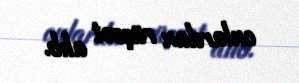
onlardan rüşvət alıb.